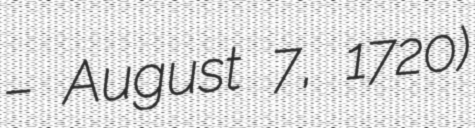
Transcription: – August 7, 1720)